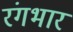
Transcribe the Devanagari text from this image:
रंगभार